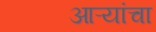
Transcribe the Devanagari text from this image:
आऱ्यांचा